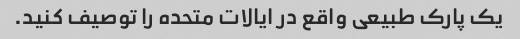
یک پارک طبیعی واقع در ایالات متحده را توصیف کنید.